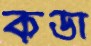
কডা